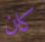
كان